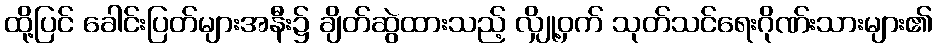
ထို့ပြင် ခေါင်းပြတ်များအနီး၌ ချိတ်ဆွဲထားသည့် လျှို့ဝှက် သုတ်သင်ရေးဂိုဏ်းသားများ၏